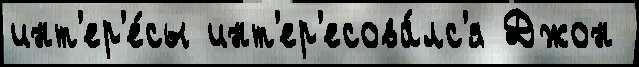
инт'ер'е́сы инт'ер'есова́лс'я Джон